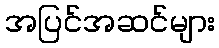
အပြင်အဆင်များ